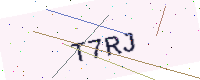
Text: T7RJ